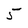
Character: 5